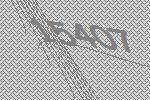
15407